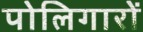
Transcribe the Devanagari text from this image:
पोलिगारों